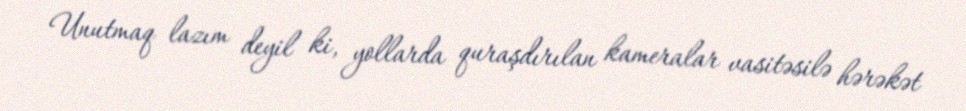
Unutmaq lazım deyil ki, yollarda quraşdırılan kameralar vasitəsilə hərəkət